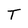
Character: T